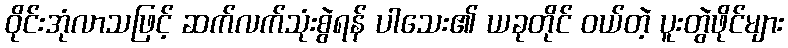
ဝိုင်းအုံလာသဖြင့် ဆက်လက်သုံးစွဲရန် ပါသေး၏ ယခုတိုင် ဝယ်တဲ့ ပူးတွဲဖိုင်များ